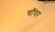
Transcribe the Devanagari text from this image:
चाॅपर